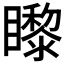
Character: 𥌛